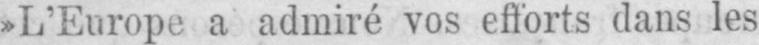
»L’Europe a admiré vos efforts dans les